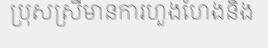
ប្រុសស្រីមានការហួងហែងនិង